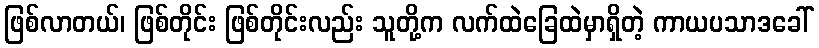
ဖြစ်လာတယ်၊ ဖြစ်တိုင်း ဖြစ်တိုင်းလည်း သူတို့က လက်ထဲခြေထဲမှာရှိတဲ့ ကာယပသာဒခေါ်